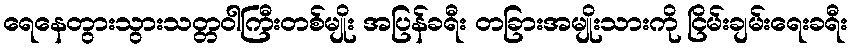
ရေနေတွားသွားသတ္တဝါကြီးတစ်မျိုး အပြန်ခရီး တခြားအမျိုးသားကို ငြိမ်းချမ်းရေးခရီး